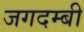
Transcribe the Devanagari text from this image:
जगदम्बी